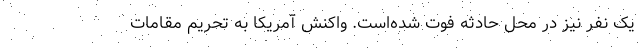
یک نفر نیز در محل حادثه فوت شده‌است. واکنش آمریکا به تحریم مقامات